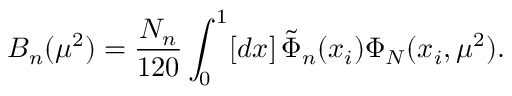
B _ { n } ( \mu ^ { 2 } ) = \frac { N _ { n } } { 1 2 0 } \int _ { 0 } ^ { 1 } [ d x ] \, \tilde { \Phi } _ { n } ( x _ { i } ) \Phi _ { N } ( x _ { i } , \mu ^ { 2 } ) .